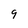
Character: 9